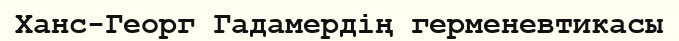
Ханс-Георг Гадамердің герменевтикасы